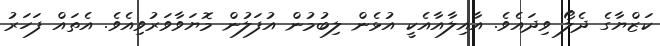
ކަޒްޔާގެ ދެލޯ ވިދައެވެ. އާއިލާއާއެކީ އުޅެން ލިބުމުން އުފަލުން މޮޔަވާވަރުވިއެވެ. އެތައް ފަހަރު